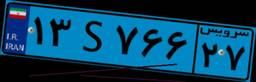
۲۱S۸۳۰۹۸